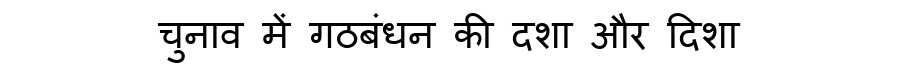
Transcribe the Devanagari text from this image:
चुनाव में गठबंधन की दशा और दिशा